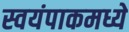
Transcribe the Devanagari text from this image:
स्वयंपाकमध्ये